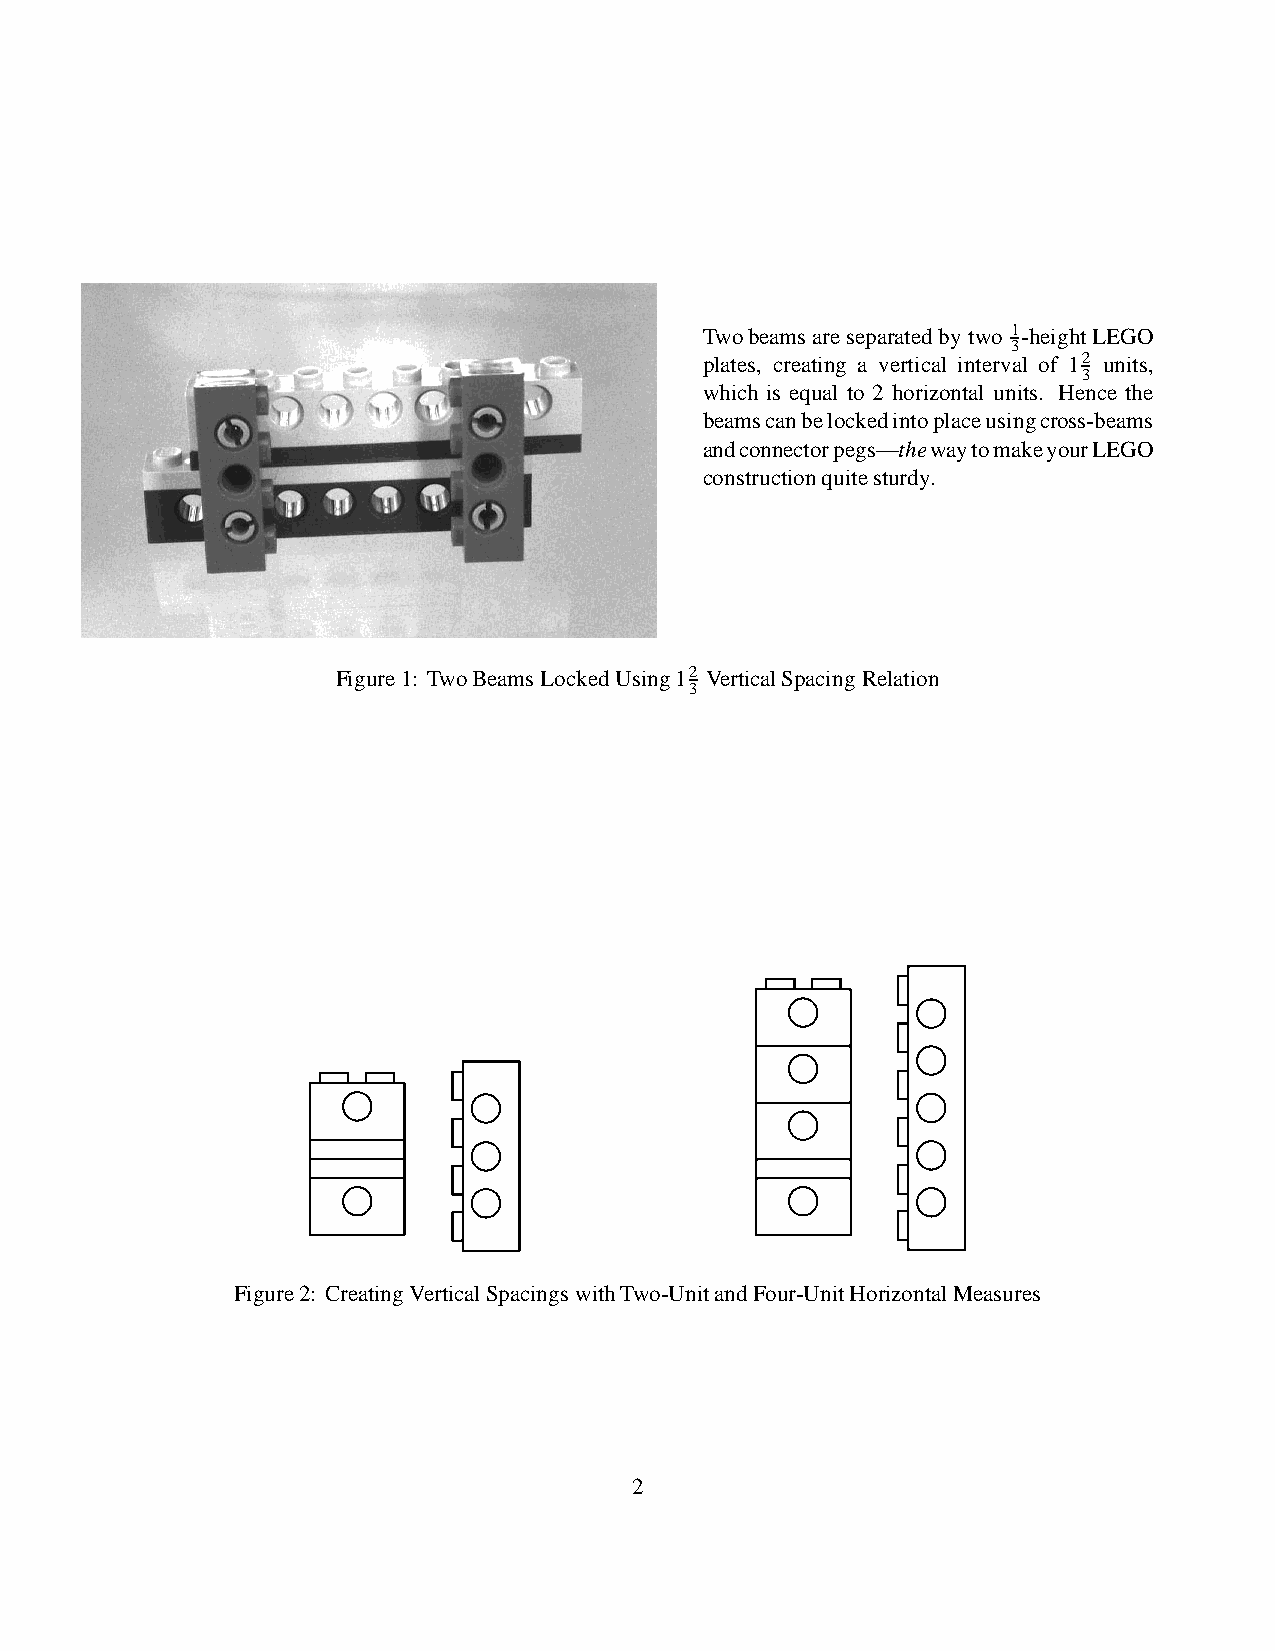
Twobeamsare separatedbytwo 1-heightLEGO
 3
 plates, creating a vertical interval of 12 units,
 3
 which is equal to 2 horizontal units. Hence the
 beamscanbelockedintoplaceusingcross-beams
 andconnectorpegs—thewaytomakeyourLEGO
 constructionquitesturdy.
 Figure1: TwoBeamsLockedUsing12 VerticalSpacingRelation
 3
 Figure2: CreatingVerticalSpacingswithTwo-UnitandFour-UnitHorizontalMeasures
 2